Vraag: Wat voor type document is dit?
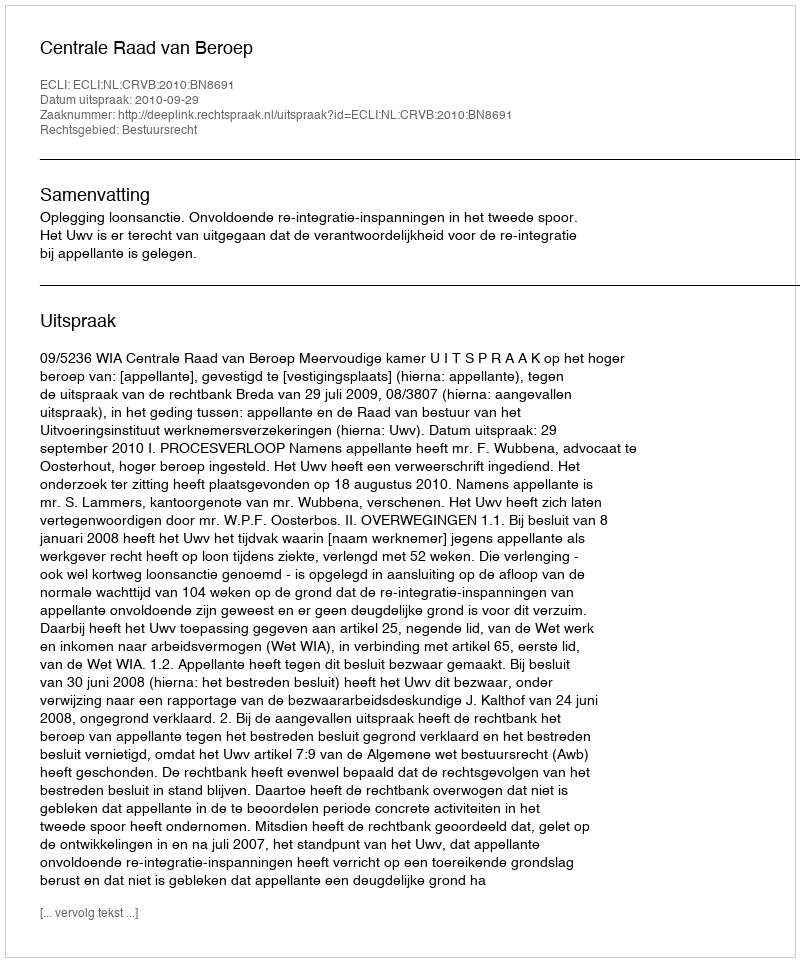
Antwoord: Uitspraak